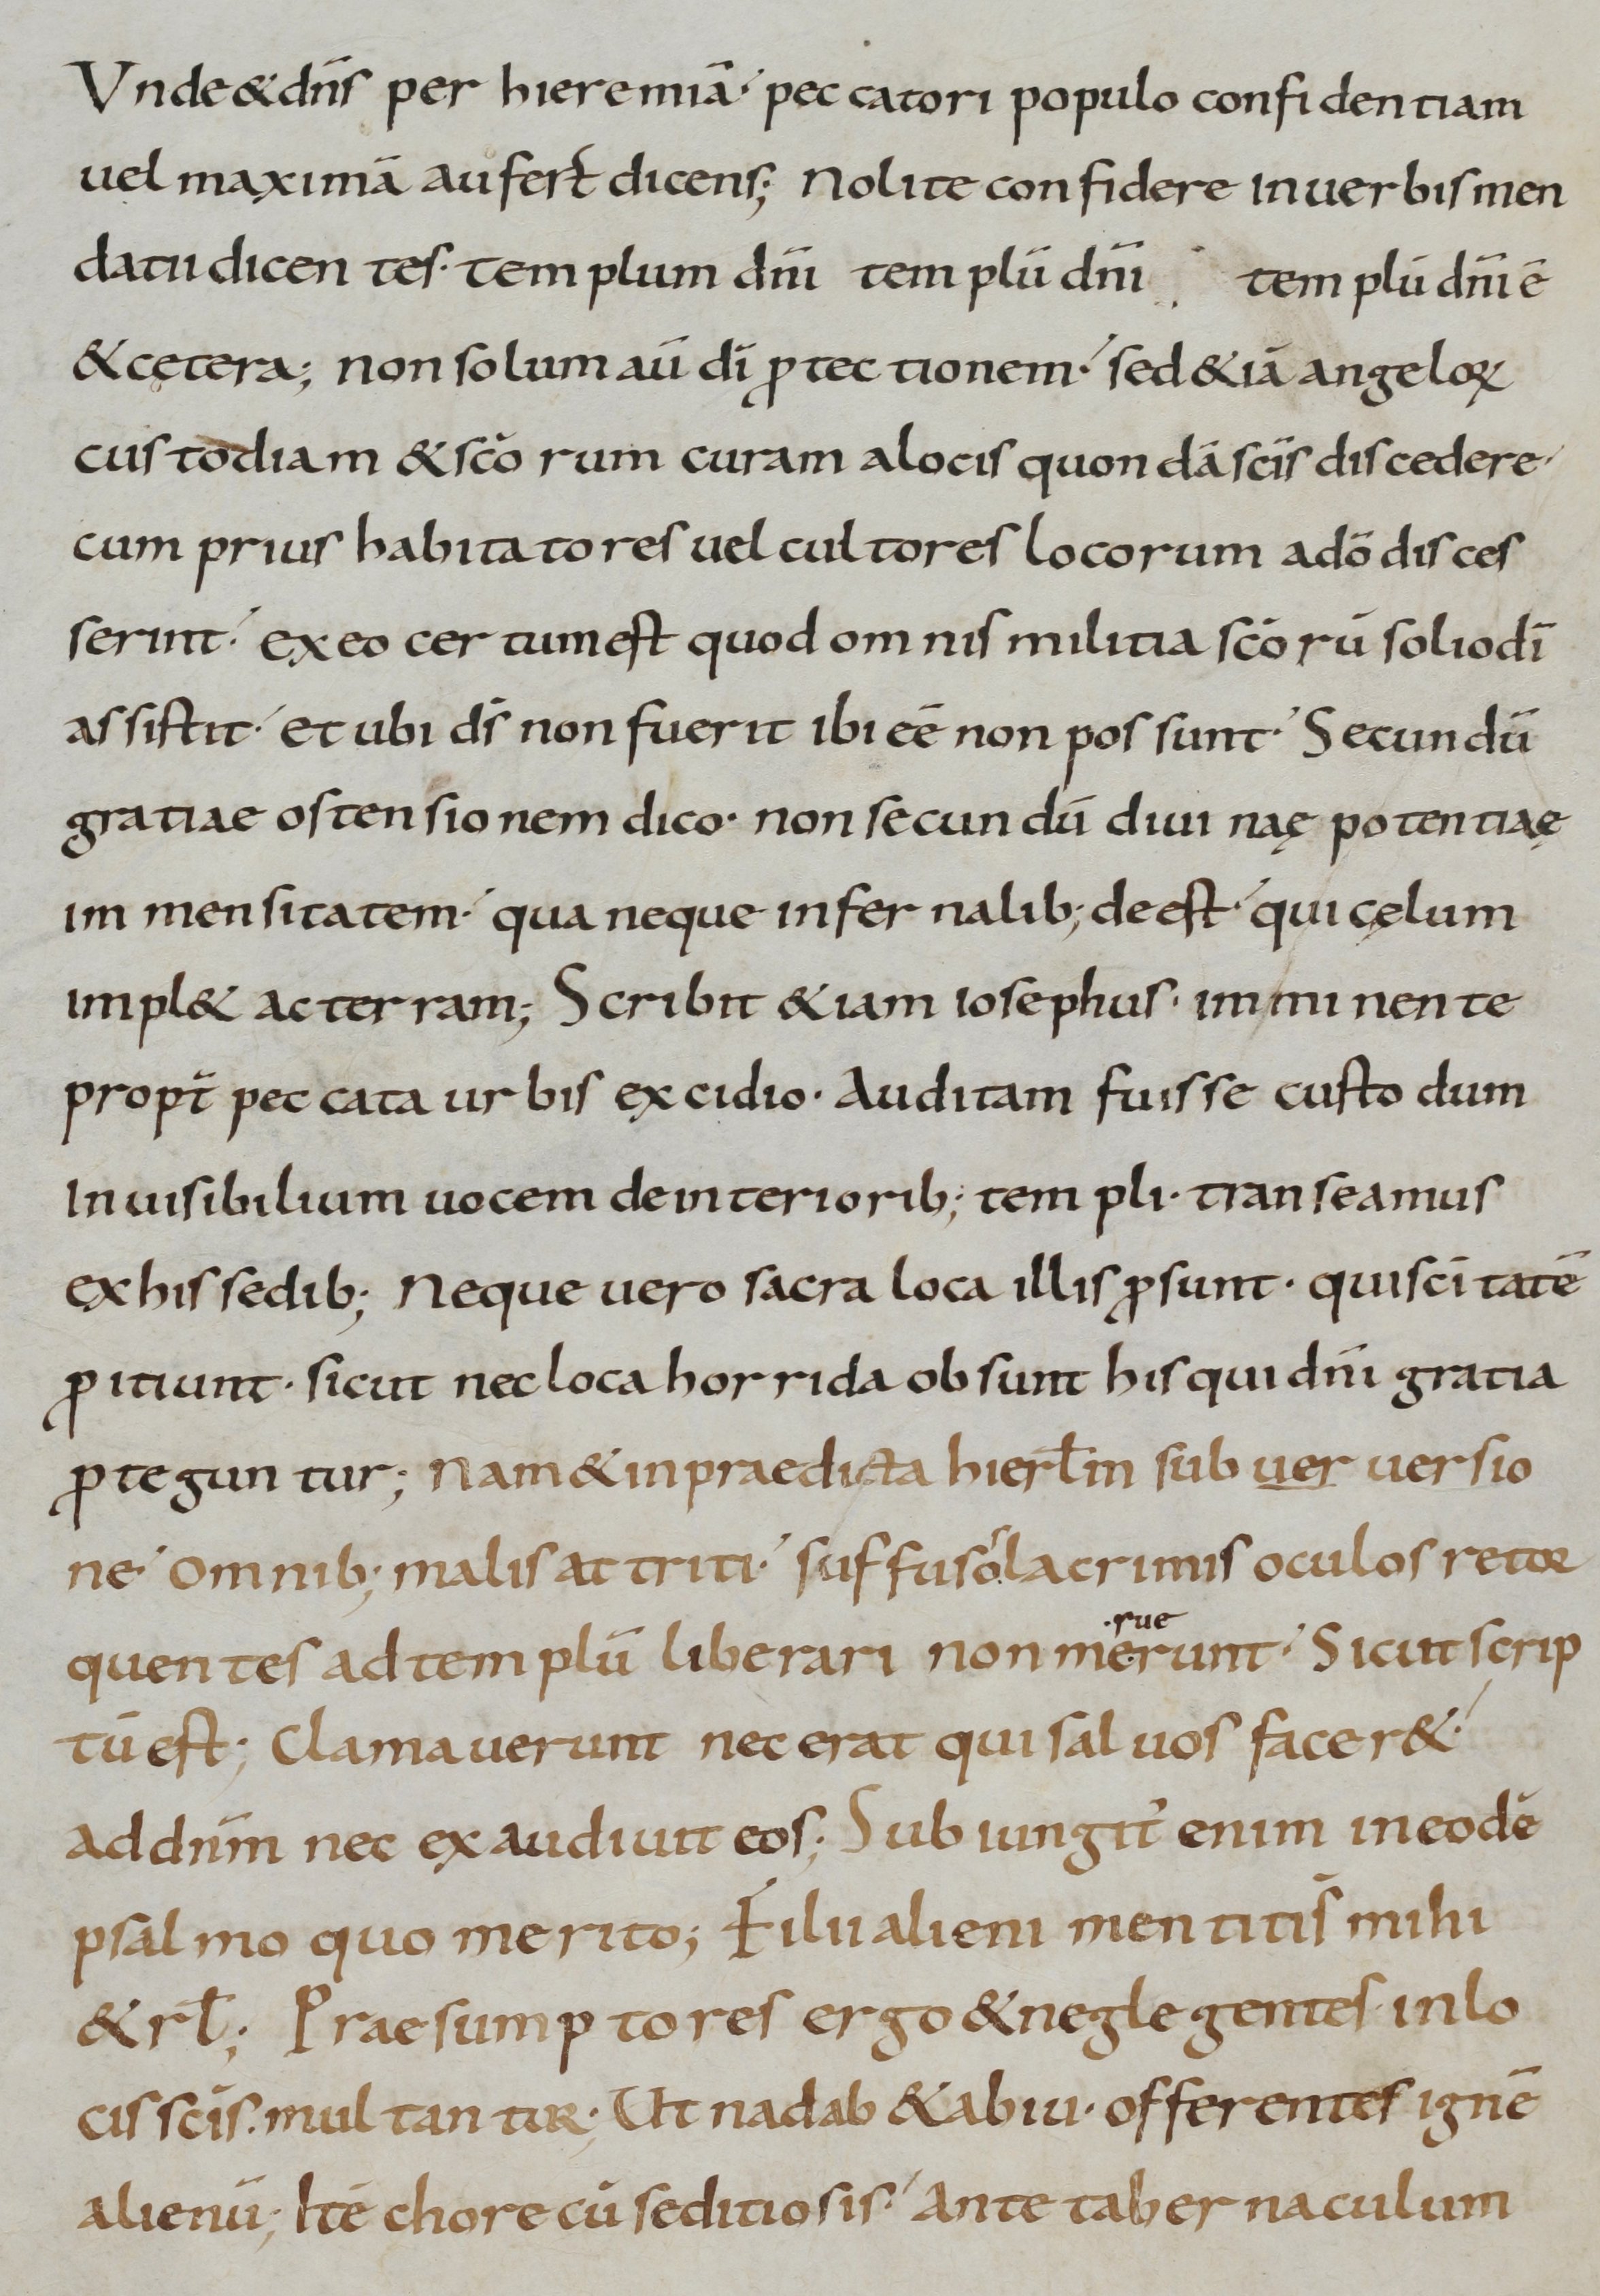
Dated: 900–999